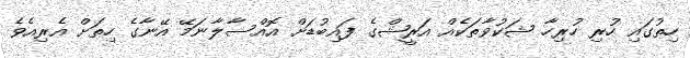
ހިތުގައި ހުރި ހުރިހާ ޝަކުވާތަކެއް އަރީޝްގެ ފައިބުޑަށް އޮއްސާލާނަމޭ އޭނާގެ ހިތަށް އެރިއެވެ